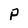
Character: P